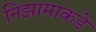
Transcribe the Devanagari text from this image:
निझामाकडे